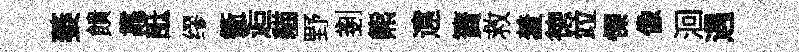
萎饋靠詆缪衢逅貓野剗熊遠簀救羞徳竝慄像洄遇